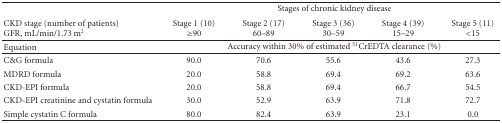
<table><thead><tr><td><b> </b></td><td colspan="5"><b>Stages of chronic kidney disease</b></td></tr><tr><td><b>CKD stage (number of patients)GFR, mL/min/1.73 m<sup>2</sup></b></td><td><b>Stage 1 (10)≥90</b></td><td><b>Stage 2 (17)60–89</b></td><td><b>Stage 3 (36)30–59</b></td><td><b>Stage 4 (39)15–29</b></td><td><b>Stage 5 (11)&lt;15</b></td></tr></thead><tbody><tr><td>Equation</td><td colspan="5">Accuracy within 30% of estimated <sup>51</sup>CrEDTA clearance (%)</td></tr><tr><td>C&amp;G formula</td><td>90.0</td><td>70.6</td><td>55.6</td><td>43.6</td><td>27.3</td></tr><tr><td>MDRD formula</td><td>20.0</td><td>58.8</td><td>69.4</td><td>69.2</td><td>63.6</td></tr><tr><td>CKD-EPI formula</td><td>20.0</td><td>58.8</td><td>69.4</td><td>66.7</td><td>54.5</td></tr><tr><td>CKD-EPI creatinine and cystatin formula</td><td>30.0</td><td>52.9</td><td>63.9</td><td>71.8</td><td>72.7</td></tr><tr><td>Simple cystatin C formula</td><td>80.0</td><td>82.4</td><td>63.9</td><td>23.1</td><td>0.0</td></tr></tbody></table>